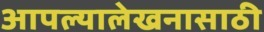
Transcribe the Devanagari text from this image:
आपल्यालेखनासाठी